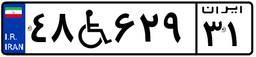
۴۸W۶۲۹۳۱